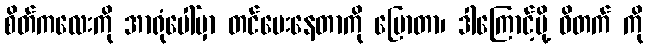
စိတ်ကလေးကို အာရုံပေါ်မှာ တင်ပေးနေတာကို ပြောတာ၊ ဒါကြောင့်မို့ ဝိတက် ကို